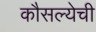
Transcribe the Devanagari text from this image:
कौसल्येची